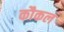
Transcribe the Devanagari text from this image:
कौकल